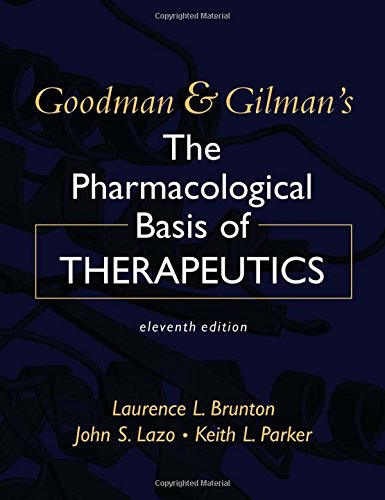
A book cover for Goodman & Gilman's the Pharmacological Basis of Therapeutics, 11th Edition; Laurence L. Brunton; Medical Books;